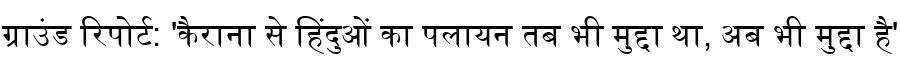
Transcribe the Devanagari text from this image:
ग्राउंड रिपोर्ट: 'कैराना से हिंदुओं का पलायन तब भी मुद्दा था, अब भी मुद्दा है'